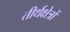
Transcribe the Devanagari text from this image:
तीर्थक्षेत्रों